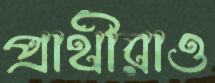
প্রার্থীরাও